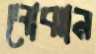
বোঝান